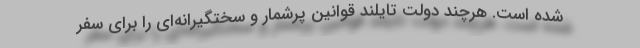
شده است. هرچند دولت تایلند قوانین پرشمار و سختگیرانه‌ای را برای سفر